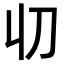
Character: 𠚨